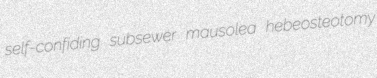
self-confiding subsewer mausolea hebeosteotomy